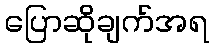
ပြောဆိုချက်အရ